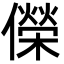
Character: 儝